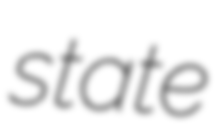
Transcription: state